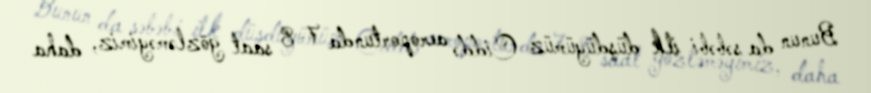
Bunun da səbəbi ilk düşdüyümüz Ciddə aeroportunda 7-8 saat gözləməyimiz, daha